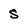
Character: S